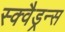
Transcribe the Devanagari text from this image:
स्क्वैड्रन्स